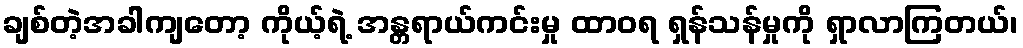
ချစ်တဲ့အခါကျတော့ ကိုယ့်ရဲ့ အန္တရာယ်ကင်းမှု ထာဝရ ရှန်သန်မှုကို ရှာလာကြတယ်၊